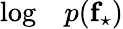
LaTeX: \begin{array}{rl}{\log}&{{}p(\mathbf{f}_{\star})}\end{array}